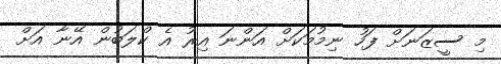
މި ސީޒަނަށް ފަހު ނިމުމަކަށް އަންނަ އިރު އެ ކްލަބުން އޭނާ އަށް